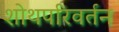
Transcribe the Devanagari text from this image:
शोथपरिवर्तन